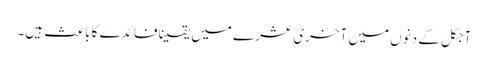
آجکل کے دنوں میں آخری عشرے میں یقیناً فائدے کا باعث ہیں۔